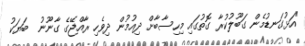
"އަޅުގަނޑުމެން ގަބޫލުކުރާ ގޮތުގައި މިހިސާބާށް ދިއުމުން ދިވެހި ރާއްޖޭގެ ގާނޫނު  ބަޔަކު